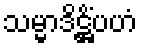
သမ္မာဒိဋ္ဌိံပဟံ